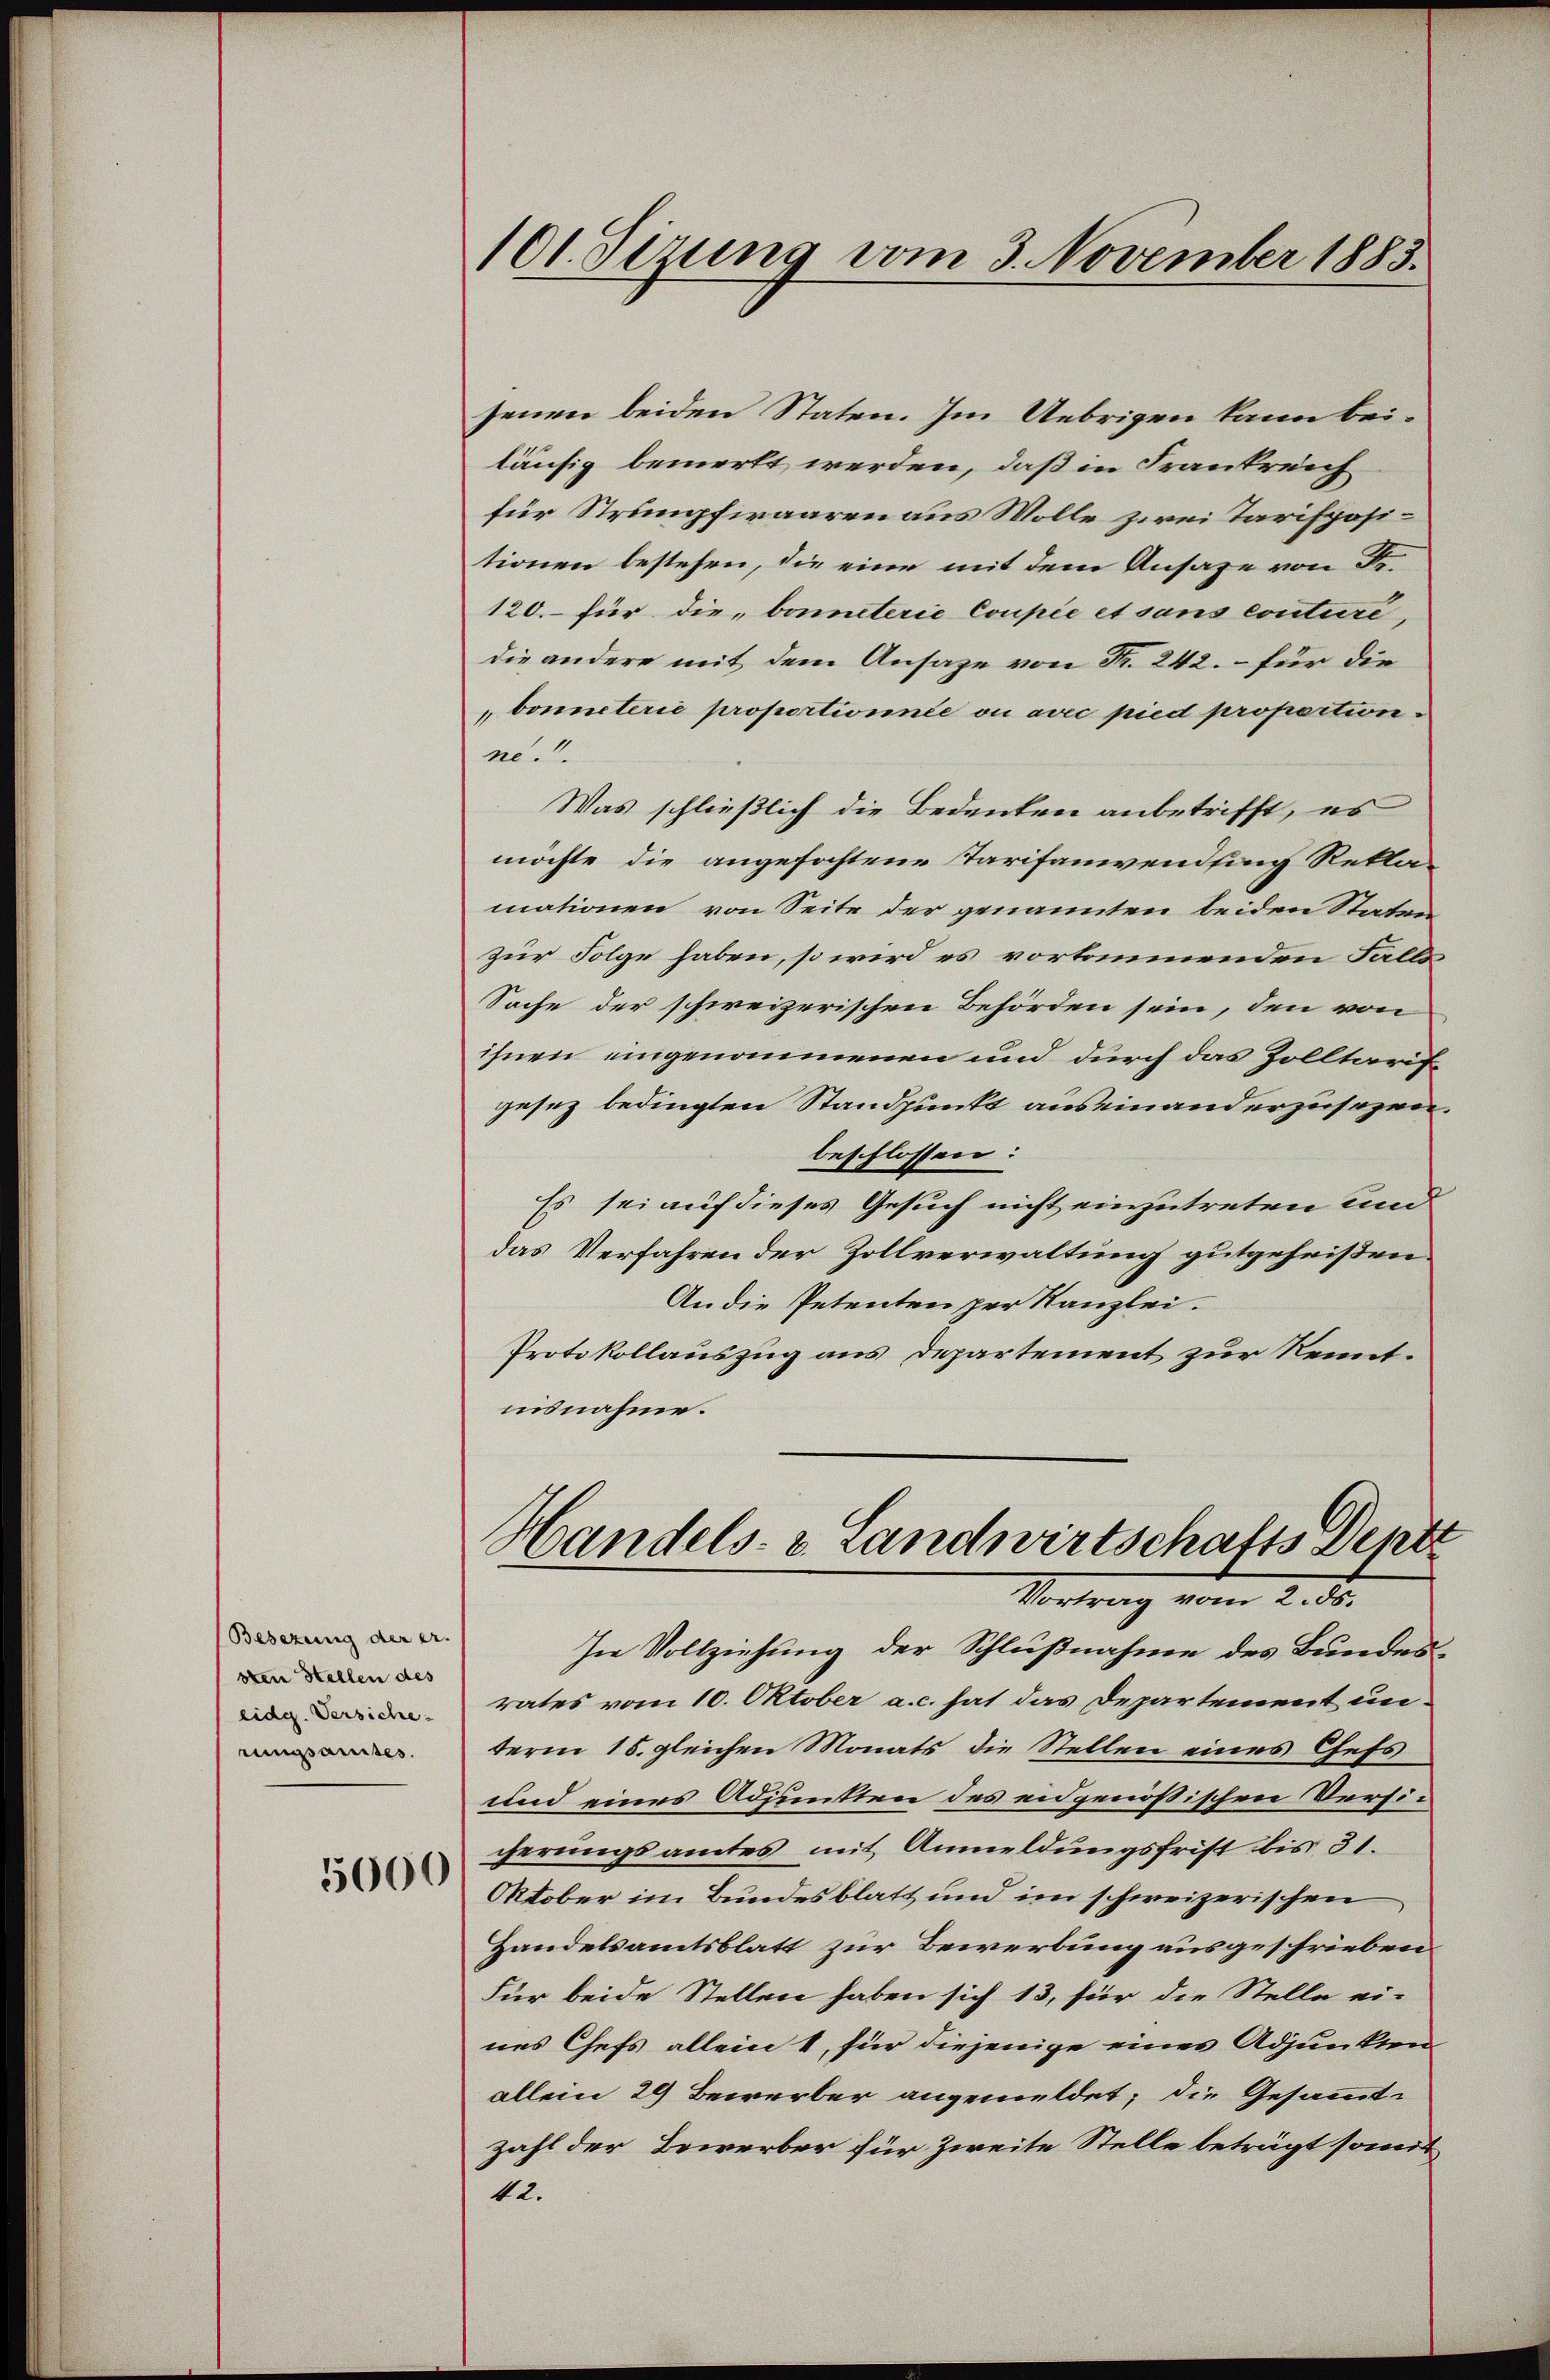
Besezung der er.
sten Stellen des
eidg. Versiche
rungsausses.

5000

101. Sizung vom 3. November 1883.

jenen beiden Staten. Im Uebrigen kann bei-
läufig bemerkt werden, daß in Frankreich
für Strumpfwaaren aus Wolle zwei Tarispositionen bestehen, die eine mit dem Ansage von Fr.
120.- für die „bonneterie Coupie et sans conturi,
die andere mit dem Ansage von Nr. 242. – für die
bonneterie proportionnée ou avec pied proportionac.
Was schließlich die Bedenken anbetrifft, es
möchte die angefochtene Tarifaniendling Reklamationen von Seite der genannten beiden Staten
zur Folge haben, so wird es vorkommenden Falls
Sache der schweizerischen Behörden sein, den von
ihnen eingenommenen und durch das Zolltarif
gesez bedingten Standpunkt auseinanderzusagen.
beschlossen:
Es sei auf dieses Gesuch nicht einzutreten und
das Verfahren der Zollverwaltung gutgeheißen
An die Petenten per Kanzlei-
Protokollauszug aus Departement zur Kenntiisnahme.

Handels- & Landwirtschafts Depte
Vortrag vom 2. Fr.

In Vollziehung der Schlußnahme des Bundes-
rates vom 10. Oktober a. c. hat das Departement unterm 15. gleichen Monats die Stellen eines Cess
und eines Adjunkten des eidgenößischen Versicherungsamtes mit Anmeldungsfrist bis 31.
Oktober im Bundesblatt und im schweizerischen
Handelsamtsblatt zur Bewerbung ausgeschrieben.
Für beide Stellen haben sich 13, für die Stelle ei-
nes Chefs allein 1, für diejenige eines Adjunkten
allein 29 Bewerber angemeldet; die Gesammt-
zahl der Bewerber für Zweite Stelle beträgt somit
42.